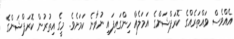
އެއްވެސް ވައްތަރެއްގެ ކޮރަޕްޝަންގެ އަމަލެއް ހިންގައިފައި ނުވާނެ ކަމަށެވެ. މީގެ އިތުރުން ކޮރަޕްޝަންގެ